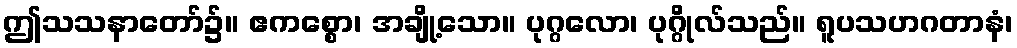
ဤသသနာတော်၌။ ဧကစ္စော၊ အချို့သော။ ပုဂ္ဂလော၊ ပုဂ္ဂိုလ်သည်။ ရူပသဟဂတာနံ၊